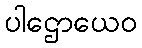
ပါဌောယေဝ